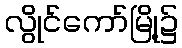
လွိုင်ကော်မြို့၌